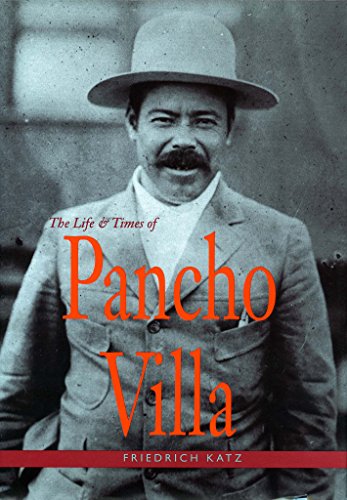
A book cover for The Life and Times of Pancho Villa; Friedrich Katz; Biographies & Memoirs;